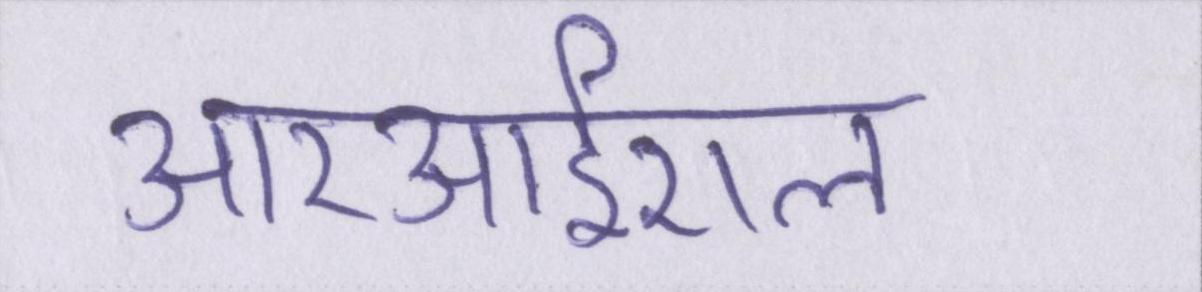
आरआईएल